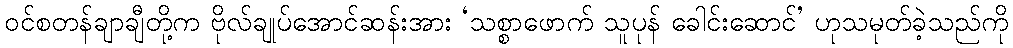
ဝင်စတန်ချာချီတို့က ဗိုလ်ချုပ်အောင်ဆန်းအား ‘သစ္စာဖောက် သူပုန် ခေါင်းဆောင်’ ဟုသမုတ်ခဲ့သည်ကို